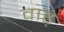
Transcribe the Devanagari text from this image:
वाह्‌